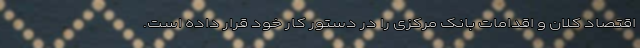
اقتصاد کلان و اقدامات بانک مرکزی را در دستور کار خود قرار داده است.